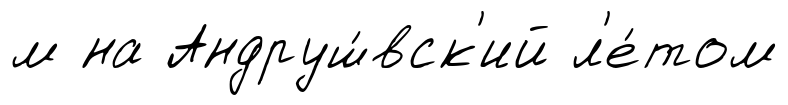
м на Андруш́вск'ий л'е́том